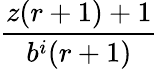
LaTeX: \frac{z(r+1)+1}{b^{i}(r+1)}